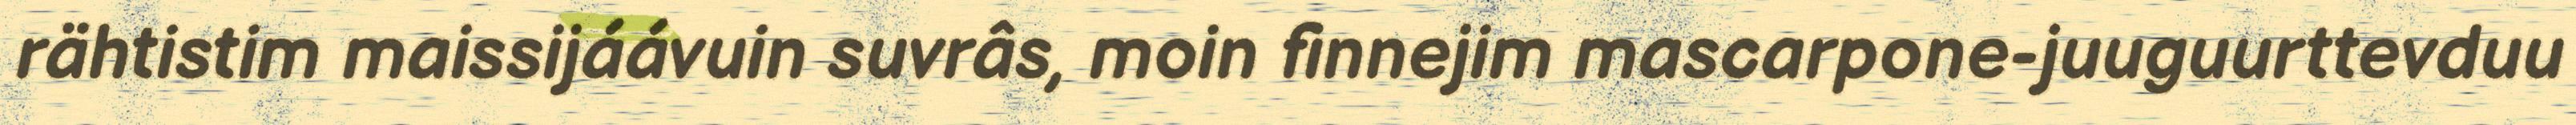
rähtistim maissijáávuin suvrâs, moin finnejim mascarpone-juuguurttevduu